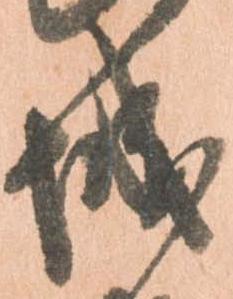
城